Mental hospitals Bombay report 1921-28 - 1921-1928
Year: 1921
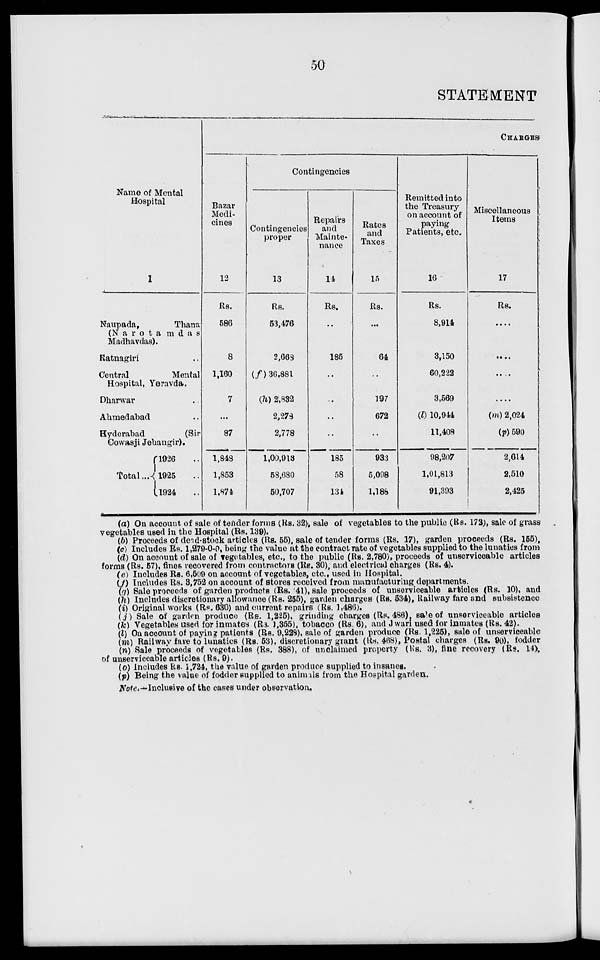
50
STATEMENT
Name of Mental
Hospital
1
Naupada,
Thana
(Narotamdas
Madhavdas).
Ratnagiri ..
Central
Mental
Hospital, Yeravda.
Dharwar ..
Ahmedabad ..
Hyderabad
(Sir
Cowasji Jehangir).
Total ...
1926 ..
1925 ..
1924 ..
CHARGES
Bazar
Medi-
cines
12
Rs.
586
8
1,160
7
...
87
1,848
1,853
1,874
Contingencies
Contingencies
proper
13
Rs.
53,476
2,668
(f) 36,881
(h) 2,832
2,278
2,778
1,00,913
58,680
50,707
Repairs
and
Mainte-
nance
14
Rs.
..
185
..
..
..
..
185
58
134
Rates
and
Taxes
15
Rs.
..
64
..
197
672
..
933
5,098
1,188
Remitted into
the Treasury
on account of
paying
Patients, etc.
16
Rs.
8,914
3,150
60,222
3,569
(l) 10,944
11,408
98,207
1,01,813
91,393
Miscellaneous
Items
17
Rs.
....
....
....
....
(m) 2,024
(p) 590
2,614
2,510
2,425
(a) On account of sale of tender forms (Rs. 32), sale of vegetables to the public (Rs. 172), sale of grass
vegetables used in the Hospital (Rs. 139).
(b) Proceeds of dead-stock articles (Rs. 55), sale of tender forms (Rs. 17), garden proceeds (Rs. 155),
(c) Includes Rs. 1,279-0-0, being the value at the contract rate of vegetables supplied to the lunatics from
(d) On account of sale of vegetables, etc., to the public (Rs. 2,780), proceeds of unserviceable articles
forms (Rs. 57), fines recovered from contractors (Rs. 30), and electrical charges (Rs. 4).
(e) Includes Rs. 6,509 on account of vegetables, etc., used in Hospital.
(f) Includes Rs. 3,752 on account of stores received from manufacturing departments.
(g) Sale proceeds of garden products (Rs. 41), sale proceeds of unserviceable articles (Rs. 10), and
(h) Includes discretionary allowance (Rs. 255), garden charges (Rs. 534), Railway fare and subsistence
(i) Original works (Rs.630) and current repairs (Rs. 1,486).
(j) Sale of garden produce (Rs. 1,225), grinding charges (Rs. 486), sale of unserviceable articles
(k) Vegetables used for inmates (R3. 1,355), tobacco (Rs. 6), and Jwari used for inmates (Rs. 42).
(l) On account of paying patients (Rs. 9,228), sale of garden produce (Rs. 1,225), sale of unserviceable
(m) Railway fare to lunatics (Rs. 53), discretionary grant (Rs. 468), Postal charges (Rs. 90), fodder
(n) Sale proceeds of vegetables (Rs. 388), of unclaimed property (Rs. 3), fine recovery (Rs. 14),
of unserviceable articles (Rs. 9).
(o) Includes Rs. 1,724, the value of garden produce supplied to insanes.
(p) Being the value of fodder supplied to animals from the Hospital garden.
Note.—Inclusive of the cases under observation.